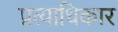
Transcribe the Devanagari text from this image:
प्रत्याधिकार